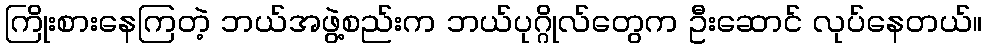
ကြိုးစားနေကြတဲ့ ဘယ်အဖွဲ့စည်းက ဘယ်ပုဂ္ဂိုလ်တွေက ဦးဆောင် လုပ်နေတယ်။